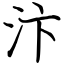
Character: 汴